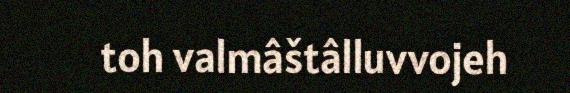
toh valmâštâlluvvojeh